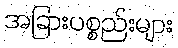
အခြားပစ္စည်းများ